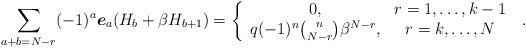
LaTeX: \begin{align*}\sum_{a+b=N-r}(-1)^{a}\boldsymbol{e}_{a}(H_{b}+\beta H_{b+1})=\left\{ \begin{array}{cc}0, & r=1,\ldots ,k-1 \\ q(-1)^{n}\binom{n}{N-r}\beta ^{N-r}, & r=k,\ldots ,N\end{array}\right. \;. \end{align*}